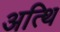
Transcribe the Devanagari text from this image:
अत्थि